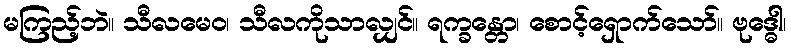
မကြည့်ဘဲ။ သီလမေဝ၊ သီလကိုသာလျှင်။ ရက္ခန္တော၊ စောင့်ရှောက်သော်။ ဗုဒ္ဓေါ၊